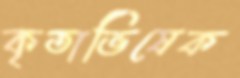
কৃতাভিষেক